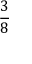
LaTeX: \frac { 3 } { 8 }